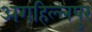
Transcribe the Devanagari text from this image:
अगहिल्लपुर